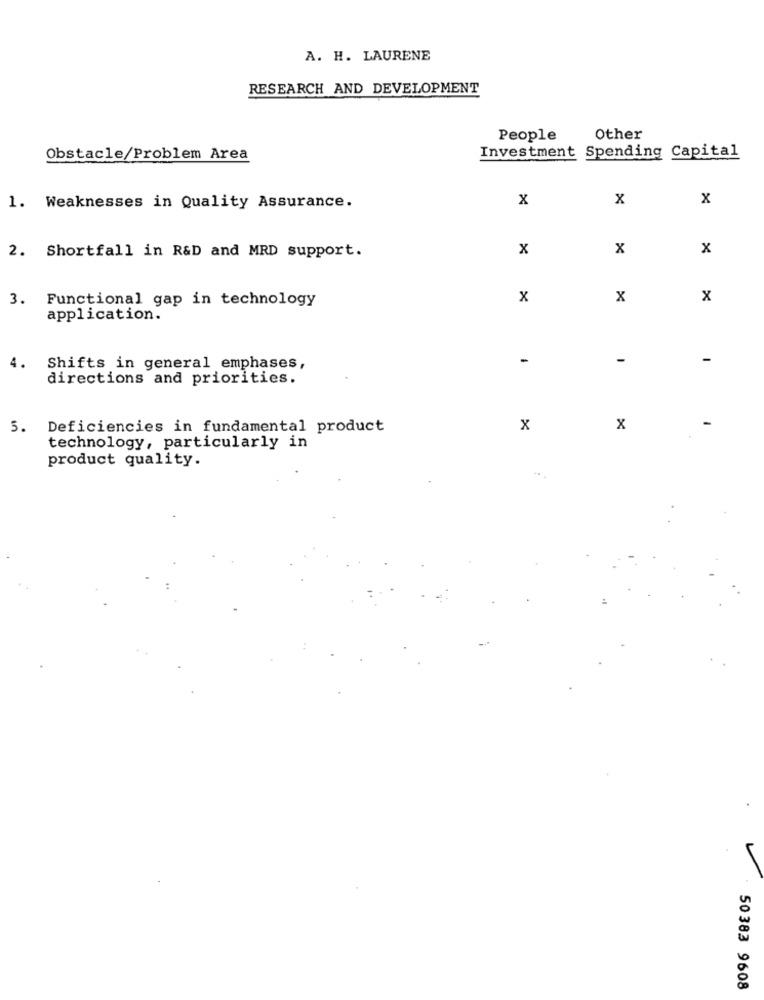
A. H. LAURENE
RESEARCH AND DEVELOPMENT
People
Other
Investment Spending Capital
Obstacle/Problem Area
x
x
X
1. Weaknesses in Quality Assurance.
2. Shortfall in R&D and MRD support.
x
x
x
3. Functional gap in technology
x
X
X
application.
-
-
-
4.
Shifts in general emphases,
directions and priorities.
-
5. Deficiencies in fundamental product
X
x
technology, particularly in
product quality.
50 383 9608